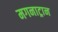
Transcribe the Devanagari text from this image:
मगनाट्रान